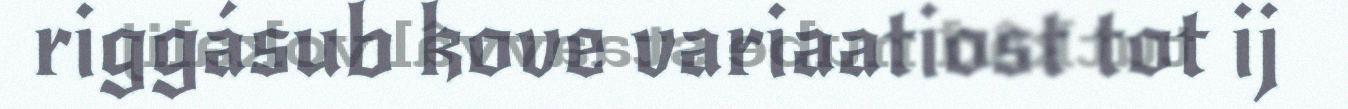
riggásub kove variaatiost tot ij